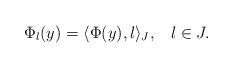
LaTeX: \begin{gather*} \Phi_l(y) = \langle \Phi(y) , l\rangle_J,\;\;\; l \in J. \end{gather*}